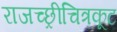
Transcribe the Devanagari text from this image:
राजच्छ्रीचित्रकूट